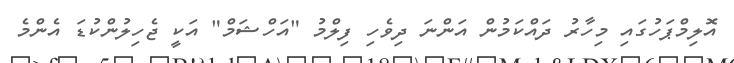
އޮލިމްޕަހުގައި މިހާރު ދައްކަމުން އަންނަ ދިވެހި ފިލްމު "އަހްޝަމް" އަކީ ޖެހިލުންކުޑަ އެންމެ